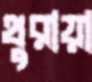
থুরায়া